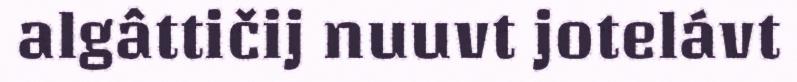
algâttičij nuuvt jotelávt